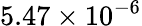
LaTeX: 5.47\times 10^{-6}